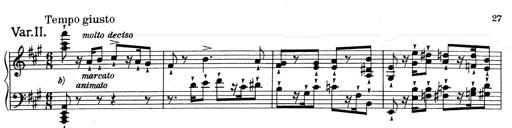
Title: RÃ©miniscences de Don Juan
Composer: Franz Liszt